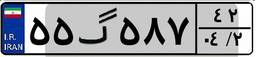
۵۵گ۵۸۷۴۲